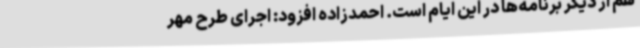
هم از دیگر برنامه‌ها در این ایام است. احمدزاده افزود: اجرای طرح مهر